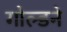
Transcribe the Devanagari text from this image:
गोल्डने